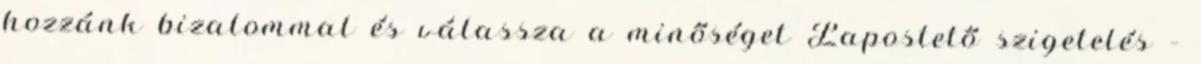
hozzánk bizalommal és válassza a minőséget Lapostető szigetelés –